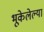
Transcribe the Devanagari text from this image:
भूकेलेल्या